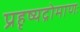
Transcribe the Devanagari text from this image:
प्रहृष्यद्रोमाणः